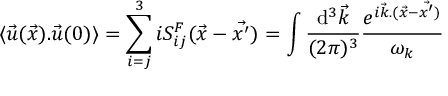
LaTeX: \langle { \vec { u } } ( \vec { x } ) . { \vec { u } } ( 0 ) \rangle = \sum _ { i = j } ^ { 3 } i S _ { i j } ^ { F } ( { \vec { x } } - { \vec { x ^ { \prime } } } ) = \int { \frac { \mathrm { d } ^ { 3 } { \vec { k } } } { ( 2 \pi ) ^ { 3 } } } { { \frac { e ^ { i { \vec { k } } . ( { \vec { x } } - { \vec { x ^ { \prime } } ) } } } { \omega _ { k } } } }